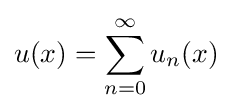
u(x)=\sum _{n=0}^{\infty }u_{n}(x)